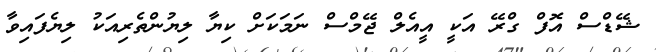
ޝޭޑްސް އޮފް ގްރޭ އަކީ އީއެލް ޖޭމްސް ނަމަކަށް ކިޔާ ލިޔުންތެރިއަކު ލިޔެފައިވާ